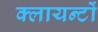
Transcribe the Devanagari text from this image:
क्लायन्टों